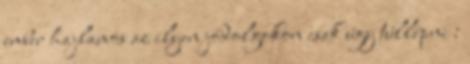
ember hajlamos az ilyen jódolgokon csak úgy túllépni :